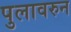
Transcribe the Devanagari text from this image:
पुलावरुन